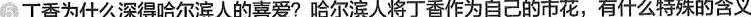
⑤丁香为什么深得哈尔滨人的喜爱?哈尔滨人将丁香作为自己的市花，有什么特殊的含义